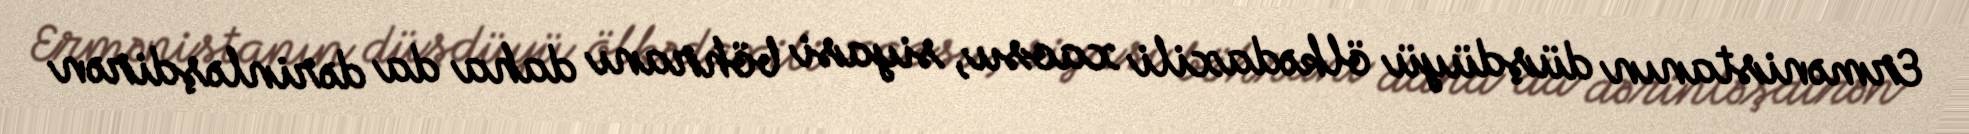
Ermənistanın düşdüyü ölkədaxili xaosu, siyasi böhranı daha da dərinləşdirən